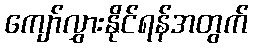
ကျော်လွှားနိုင်ရန်အတွက်